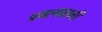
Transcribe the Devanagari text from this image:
प्रयत्नातली